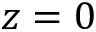
z = 0